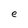
Character: e